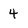
Character: 4